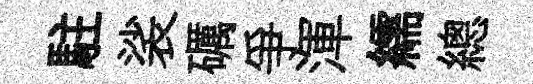
駐裟礪爭渾繻總